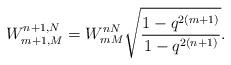
LaTeX: \begin{align*}W_{m+1,M}^{n+1,N}= W_{mM}^{nN}\sqrt{\frac{1-q^{2(m+1)}}{1-q^{2(n+1)}}}.\end{align*}